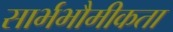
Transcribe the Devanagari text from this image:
सार्भभौमीकता